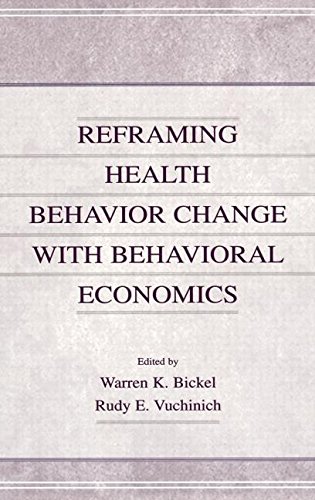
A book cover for Reframing Health Behavior Change With Behavioral Economics; Health, Fitness & Dieting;